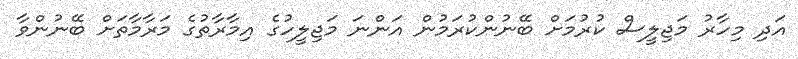
އަދި މިހާރު މަޖިލީސް ކުރުމަށް ބޭނުންކުރަމުން އަންނަ މަޖިލީހުގެ އިމާރާތުގެ މަރާމާތަށް ބޭނުންވާ